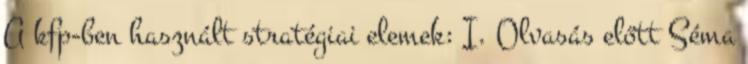
A kfp-ben használt stratégiai elemek: I. Olvasás előtt Séma